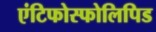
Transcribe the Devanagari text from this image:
एंटिफोस्फोलिपिड